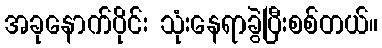
အခုနောက်ပိုင်း သုံးနေရာခွဲပြီးစစ်တယ်။